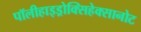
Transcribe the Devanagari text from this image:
पॉलीहाइड्रोक्सिहेक्सानोट